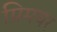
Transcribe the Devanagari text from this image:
प्रिमयर